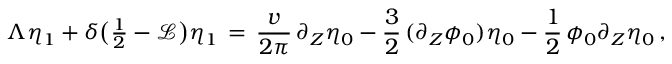
\Lambda \eta _ { 1 } + \delta \bigl ( { \textstyle \frac 1 2 } - \mathcal { L } \bigr ) \eta _ { 1 } \, = \, \frac { v } { 2 \pi } \, \partial _ { Z } \eta _ { 0 } - \frac { 3 } { 2 } \, ( \partial _ { Z } \phi _ { 0 } ) \eta _ { 0 } - \frac { 1 } { 2 } \, \phi _ { 0 } \partial _ { Z } \eta _ { 0 } \, ,